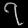
Digit: ၇